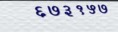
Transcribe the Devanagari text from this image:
६७३१५७